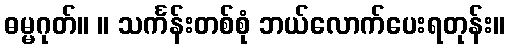
ဓမ္မဂုတ်။ ။ သင်္ကန်းတစ်စုံ ဘယ်လောက်ပေးရတုန်း။